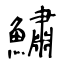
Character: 鱐